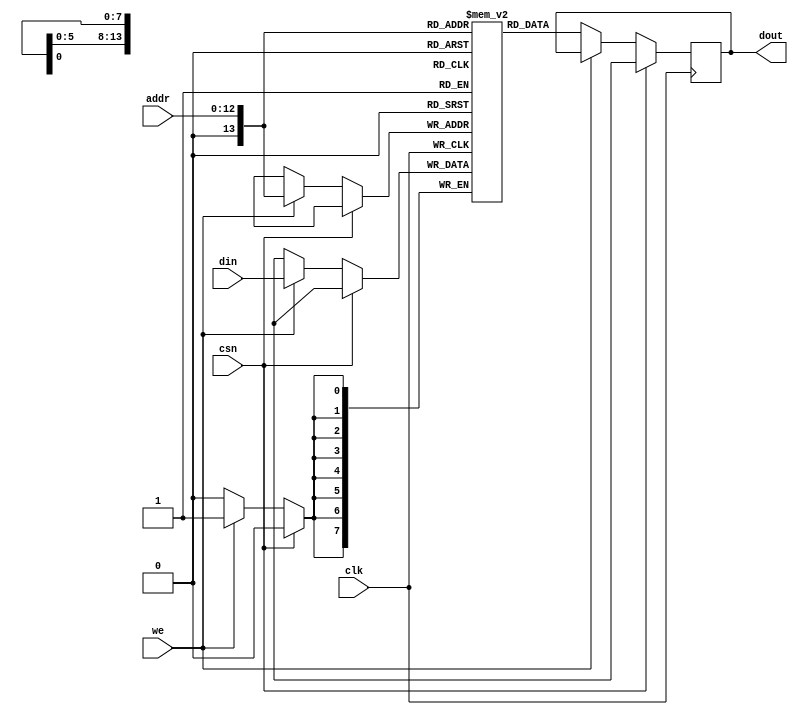
//signal port sram: storage space = 8K byte
module sram_bist#(
    parameter MEM_DEPTH     = 8192,//8K = 2^13
    parameter DATA_WIDTH    = 8,
    parameter BITW          = $clog2(MEM_DEPTH)//log2(8192)=13
    )
    (
    input                           clk,
    input                           csn,
    input                           we,
    input [BITW-1:0]                addr,//need 13 address lines
    input [DATA_WIDTH-1:0]          din,
    output reg [DATA_WIDTH-1:0]     dout
    );
    
    reg [DATA_WIDTH-1:0] mem [MEM_DEPTH:0];//depth=2^13, data width=8bit, 1bist's space = 8Kbyte

    always @(posedge clk) begin
        if(!csn) begin
            if(we)
                mem[addr] <= din;
            else 
                dout <= mem[addr];
        end
        else begin
            dout <= 8'bx;
        end
    end

endmodule